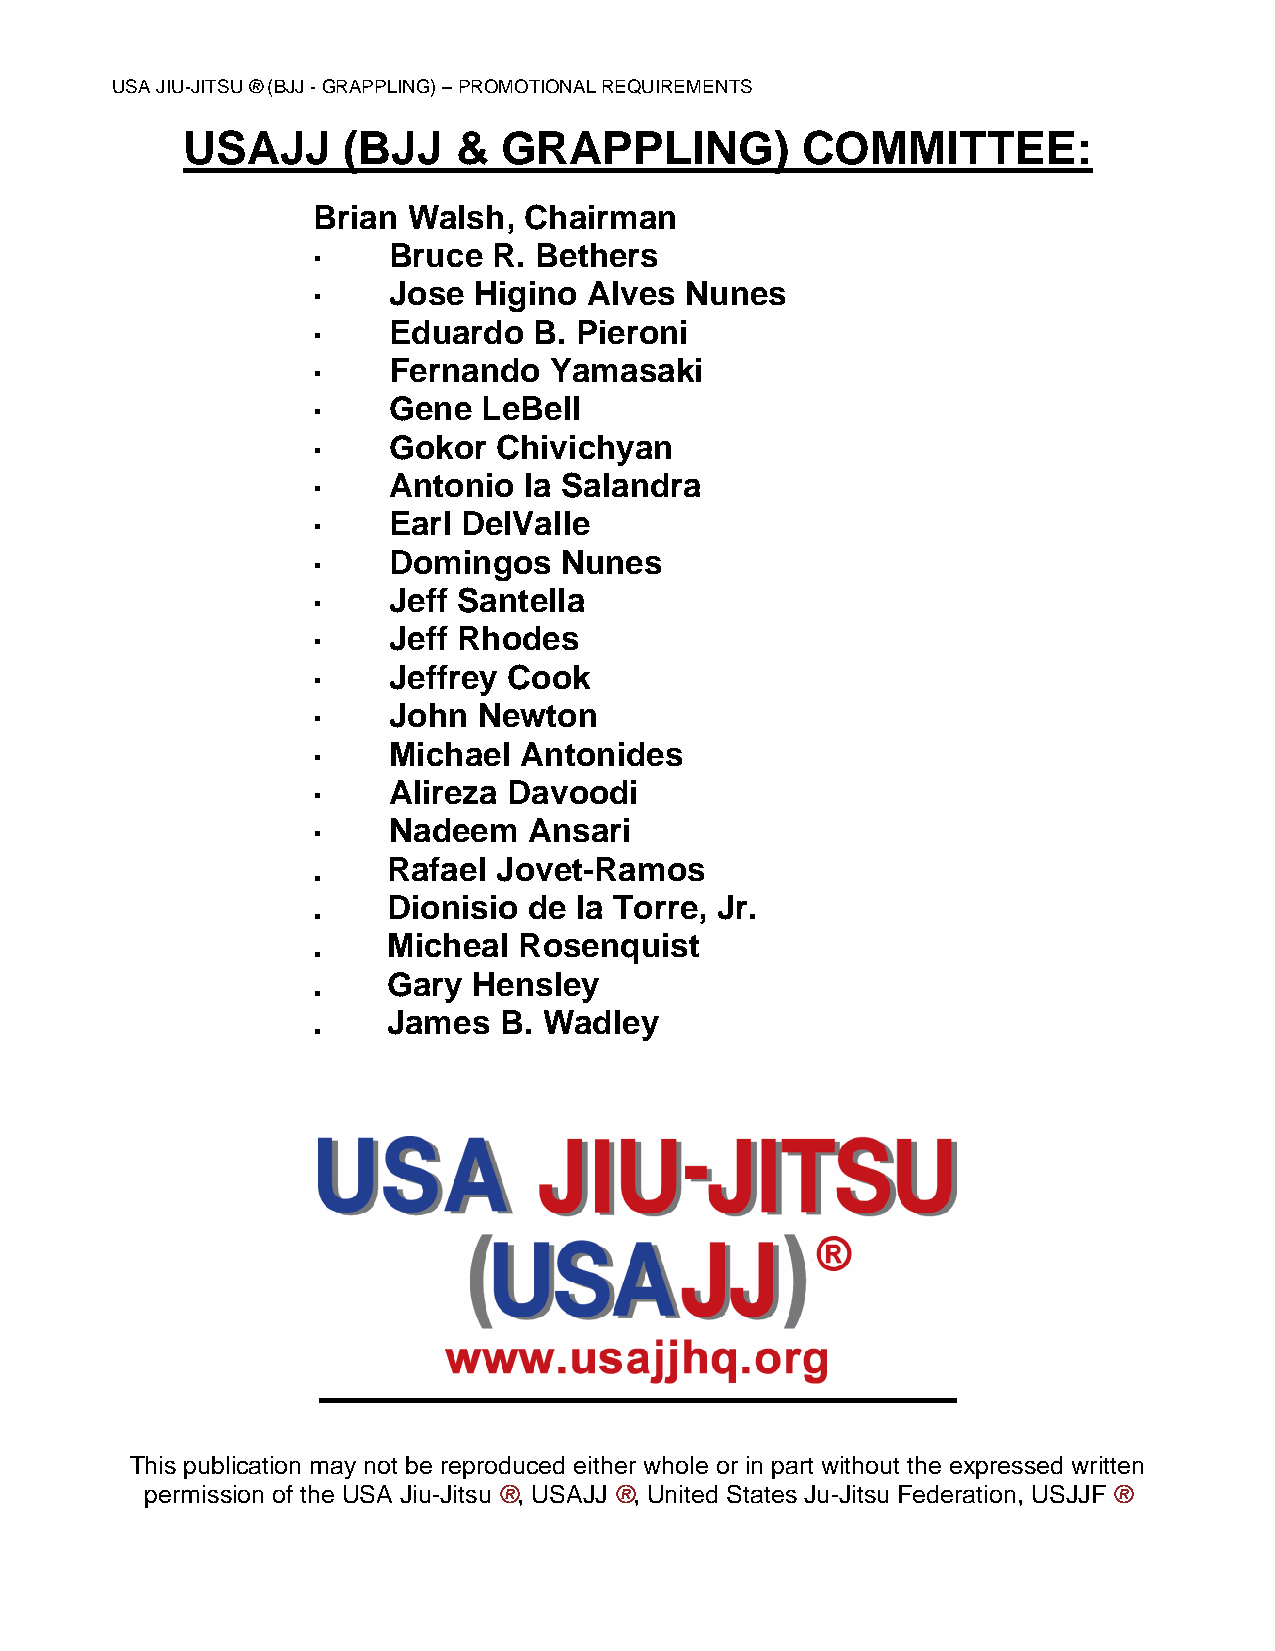
USA JIU-JITSU ® (BJJ - GRAPPLING) – PROMOTIONAL REQUIREMENTS
 USAJJ      (BJJ   &  GRAPPLING)          COMMITTEE:
 Brian Walsh,  Chairman
 ·    Bruce  R. Bethers
 ·    Jose Higino  Alves Nunes
 ·    Eduardo  B. Pieroni
 ·    Fernando  Yamasaki
 ·    Gene  LeBell
 ·    Gokor  Chivichyan
 ·    Antonio  la Salandra
 ·    Earl DelValle
 ·    Domingos   Nunes
 ·    Jeff Santella
 ·    Jeff Rhodes
 ·    Jeffrey Cook
 ·    John  Newton
 ·    Michael Antonides
 ·    Alireza Davoodi
 ·    Nadeem   Ansari
 .    Rafael Jovet-Ramos
 .    Dionisio de la Torre, Jr.
 .    Micheal Rosenquist
 .    Gary Hensley
 .    James  B. Wadley
 This publication may not be reproduced either whole or in part without the expressed written
 permission of the USA Jiu-Jitsu ®, USAJJ ®, United States Ju-Jitsu Federation, USJJF ®